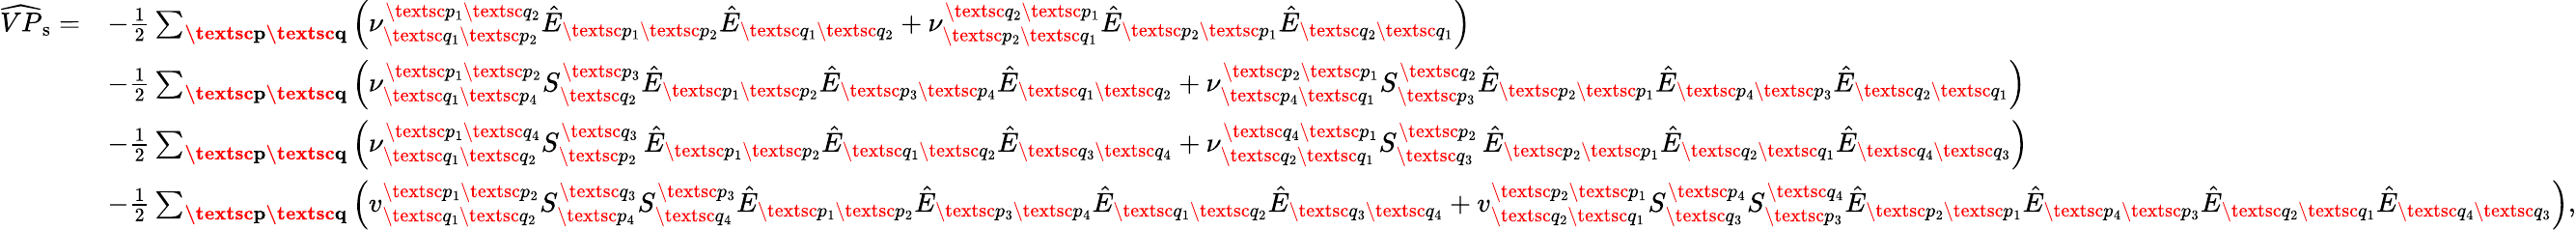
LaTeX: \begin{array}{rl}{\widehat{VP}_{\mathrm{s}}=}&{-\frac{1}{2}\sum_{\textbf{\textsc{p}}\textbf{\textsc{q}}}\left(\nu_{\textsc{q}_{1}\textsc{p}_{2}}^{\textsc{p}_{1}\textsc{q}_{2}}\hat{E}_{\textsc{p}_{1}\textsc{p}_{2}}\hat{E}_{\textsc{q}_{1}\textsc{q}_{2}}+\nu_{\textsc{p}_{2}\textsc{q}_{1}}^{\textsc{q}_{2}\textsc{p}_{1}}\hat{E}_{\textsc{p}_{2}\textsc{p}_{1}}\hat{E}_{\textsc{q}_{2}\textsc{q}_{1}}\right)}\\ &{-\frac{1}{2}\sum_{\textbf{\textsc{p}}\textbf{\textsc{q}}}\left(\nu_{\textsc{q}_{1}\textsc{p}_{4}}^{\textsc{p}_{1}\textsc{p}_{2}}S_{\textsc{q}_{2}}^{\textsc{p}_{3}}\hat{E}_{\textsc{p}_{1}\textsc{p}_{2}}\hat{E}_{\textsc{p}_{3}\textsc{p}_{4}}\hat{E}_{\textsc{q}_{1}\textsc{q}_{2}}+\nu_{\textsc{p}_{4}\textsc{q}_{1}}^{\textsc{p}_{2}\textsc{p}_{1}}S_{\textsc{p}_{3}}^{\textsc{q}_{2}}\hat{E}_{\textsc{p}_{2}\textsc{p}_{1}}\hat{E}_{\textsc{p}_{4}\textsc{p}_{3}}\hat{E}_{\textsc{q}_{2}\textsc{q}_{1}}\right)}\\ &{-\frac{1}{2}\sum_{\textbf{\textsc{p}}\textbf{\textsc{q}}}\left(\nu_{\textsc{q}_{1}\textsc{q}_{2}}^{\textsc{p}_{1}\textsc{q}_{4}}S_{\textsc{p}_{2}}^{\textsc{q}_{3}}\, \hat{E}_{\textsc{p}_{1}\textsc{p}_{2}}\hat{E}_{\textsc{q}_{1}\textsc{q}_{2}}\hat{E}_{\textsc{q}_{3}\textsc{q}_{4}}+\nu_{\textsc{q}_{2}\textsc{q}_{1}}^{\textsc{q}_{4}\textsc{p}_{1}}S_{\textsc{q}_{3}}^{\textsc{p}_{2}}\, \hat{E}_{\textsc{p}_{2}\textsc{p}_{1}}\hat{E}_{\textsc{q}_{2}\textsc{q}_{1}}\hat{E}_{\textsc{q}_{4}\textsc{q}_{3}}\right)}\\ &{-\frac{1}{2}\sum_{\textbf{\textsc{p}}\textbf{\textsc{q}}}\left(v_{\textsc{q}_{1}\textsc{q}_{2}}^{\textsc{p}_{1}\textsc{p}_{2}}S_{\textsc{p}_{4}}^{\textsc{q}_{3}}S_{\textsc{q}_{4}}^{\textsc{p}_{3}}\hat{E}_{\textsc{p}_{1}\textsc{p}_{2}}\hat{E}_{\textsc{p}_{3}\textsc{p}_{4}}\hat{E}_{\textsc{q}_{1}\textsc{q}_{2}}\hat{E}_{\textsc{q}_{3}\textsc{q}_{4}}+v_{\textsc{q}_{2}\textsc{q}_{1}}^{\textsc{p}_{2}\textsc{p}_{1}}S_{\textsc{q}_{3}}^{\textsc{p}_{4}}S_{\textsc{p}_{3}}^{\textsc{q}_{4}}\hat{E}_{\textsc{p}_{2}\textsc{p}_{1}}\hat{E}_{\textsc{p}_{4}\textsc{p}_{3}}\hat{E}_{\textsc{q}_{2}\textsc{q}_{1}}\hat{E}_{\textsc{q}_{4}\textsc{q}_{3}}\right),}\end{array}